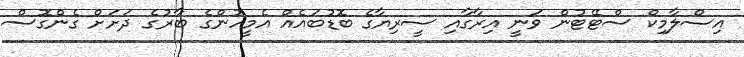
އިސްލާމިކް ސްޓޭޓުން ވަނީ އިރާގާއި ސީރިޔާގެ ބޮޑުބައެއް އެމީހުންގެ ބާރުގެ ދަށަށް ގެންގޮސް